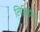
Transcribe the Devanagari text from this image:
लिसिडेस